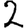
Digit: 2